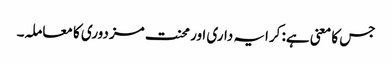
جس کا معنی ہے: کرایہ داری اور محنت مزدوری کا معاملہ۔